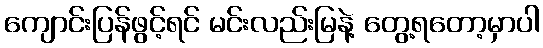
ကျောင်းပြန်ဖွင့်ရင် မင်းလည်းမြနဲ့ တွေ့ရတော့မှာပါ